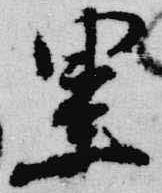
累